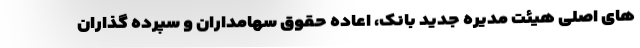
های اصلی هیئت مدیره جدید بانک، اعاده حقوق سهامداران و سپرده گذاران